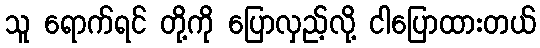
သူ ရောက်ရင် တို့ကို ပြောလှည့်လို့ ငါပြောထားတယ်